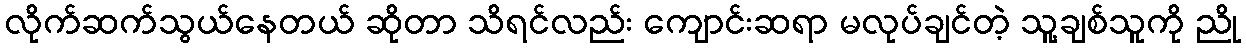
လိုက်ဆက်သွယ်နေတယ် ဆိုတာ သိရင်လည်း ကျောင်းဆရာ မလုပ်ချင်တဲ့ သူ့ချစ်သူကို ညို